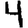
Digit: 4